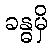
ခန္ဓမှိ